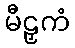
မီဠှကံ